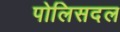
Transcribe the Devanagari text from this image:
पोलिसदल